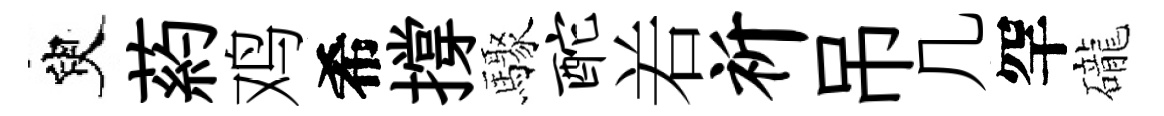
臾葯鸡希撐驟酡𠰥祈吊几罕礲